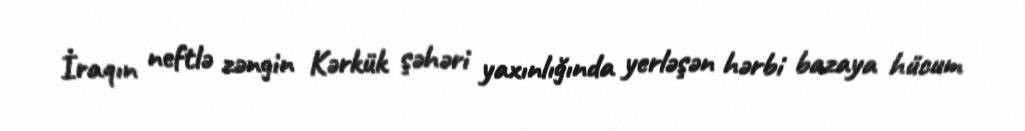
İraqın neftlə zəngin Kərkük şəhəri yaxınlığında yerləşən hərbi bazaya hücum